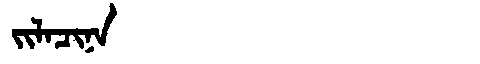
Manchu: ᠵᡳᠯᠠᠴᡳᠨᠠ
Romanization: JILACINA